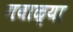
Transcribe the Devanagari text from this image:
गबाळ्या